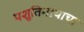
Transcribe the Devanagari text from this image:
पशुतिनाथाचा